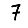
Digit: 7